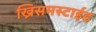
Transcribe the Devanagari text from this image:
ख्रिसमस्टाईड